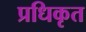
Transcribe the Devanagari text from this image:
प्रधिकृत